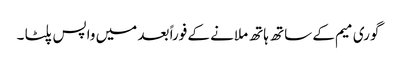
گوری میم کے ساتھ ہاتھ ملانے کے فوراً بعد میں واپس پلٹا ۔